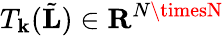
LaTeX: T_{\mathbf{k}}(\tilde{{\mathbf{{L}}}})\in\mathbf{{R}}^{N\timesN}